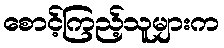
စောင့်ကြည့်သူများက